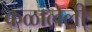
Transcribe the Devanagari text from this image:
कळालेली